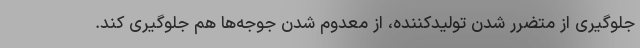
جلوگیری از متضرر شدن تولیدکننده، از معدوم شدن جوجه‌ها هم جلوگیری کند.